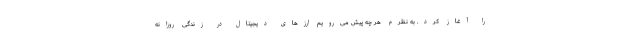
را آغاز کرد. به نظرم هر چه پیش می‌رویم ارزهای دیجیتال در زندگی روزانه